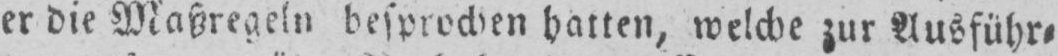
er die Maßregeln besprochen hatten, welche zur Ausführ⸗